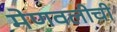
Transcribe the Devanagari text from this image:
मेणवलीची